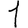
Digit: 1